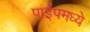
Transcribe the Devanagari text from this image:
पाईपमध्ये